Vaccination North-Western Provinces and Oudh 1896-1901 - 1896-1901
Year: 1896
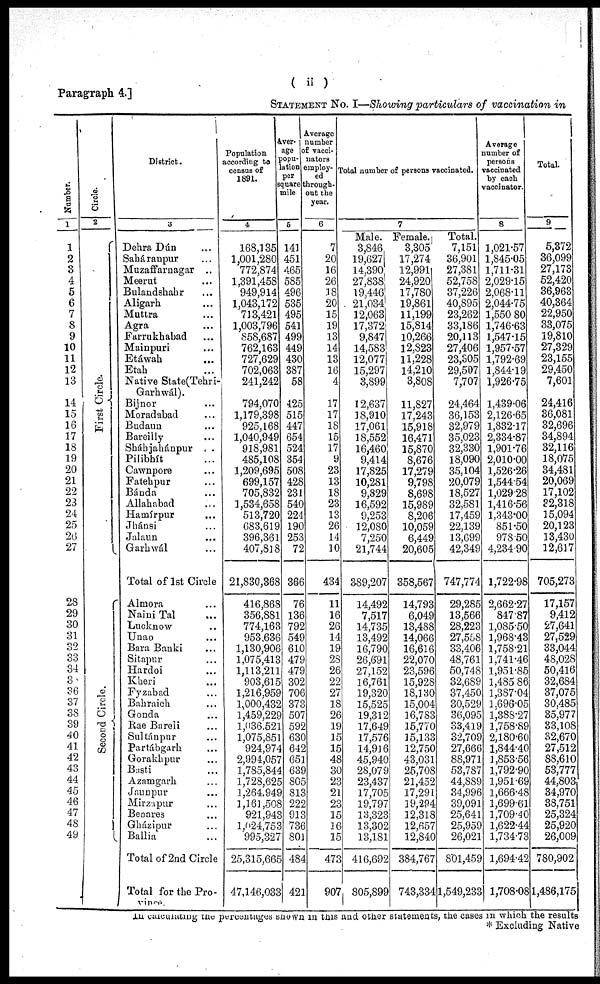
Paragraph 4.]
( ii )
STETEMENT No. I—Showing particulars of vaccination in
Number.
1
1
2
3
4
5
6
7
8
9
10
11
12
13
14
15
16
17
18
19
20
21
22
23
24
25
26
27
28
29
30
31
32
33
34
35
36
37
38
39
40
41
42
43
44
45
46
47
48
49
Circle.
2
First Circle.
Second Circle.
District.
3
Dehra Dún ...
Saháranpur ...
Muzaffarnagar ..
Meerut ...
Bulandshahr ...
Aligarh ...
Muttra ...
Agra ...
Farrukhabad ...
Mainpuri ...
Etáwah ...
Etah ...
Native State(Tehri-
Garhwál).
Bijnor ...
Moradabad ...
Budaun ...
Bareilly ...
Sháhjahánpur
...
Pilibhít ...
Cawnpore ...
Fatehpur ...
Bánda ...
Allahabad ...
Hamírpur ...
Jhánsi ...
Jalaun ...
Garhwál ...
Total of 1st Circle
Almora ...
Naini Tal ...
Lucknow ...
Unao ...
Bara Banki ...
Sitapur ...
Hardoi ...
Kheri ...
Fyzabad ...
Bahraich ...
Gonda ...
Rae Bareli ...
Sultánpur ...
Partábgarh ...
Gorakhpur ...
Basti ...
Azamgarh ...
Jaunpur ...
Mirzapur ...
Benares ...
Gházipur ...
Ballia ...
Total of 2nd Circle
Total for the Pro-
vince.
Population
according to
census of
1891.
4
168,135
1,001,280
772,874
1,391,458
949,914
1,043,172
713,421
1,003,796
858,687
762,163
727,629
702,063
241,242
794,070
1,179,398
925,168
1,040,949
918,981
485,108
1,209,695
699,157
705,832
1,534,658
513,720
683,619
396,361
407,818
21,830,368
416,868
356,881
774,163
953,636
1,130,906
1,075,413
1,113,211
903,615
1,216,959
1,000,432
1,459,229
1,036.521
1,075,851
924,974
2,994,057
1,785,844
1,728,625
1,264,949
1,161,508
921,943
1,024,753
995,327
25,315,665
47,146,033
Aver-
age
popu-
lation
per
square
mile.
5
141
451
465
585
496
535
495
541
499
449
430
387
58
425
515
447
654
524
354
508
428
231
540
224
190
253
72
366
76
136
792
549
610
479
479
302
706
373
507
592
630
642
651
639
805
813
222
913
736
80
484
421
Average
number
of vacci-
nators
employ-
ed
through-
out the
year.
6
7
20
16
26
18
20
15
19
13
14
13
16
4
17
17
18
15
17
9
23
13
18
23
13
26
14
10
434
11
16
26
14
19
28
26
22
27
18
26
19
15
15
48
30
23
21
23
15
16
15
473
907
Total number of persons vaccinated.
7
Male.
3,846
19,627
14,390
27,838
19,446
21,034
12,063
17,372
9,847
14,583
12,077
15,297
3,899
12,637
18,910
17,061
18,552
16,460
9,414
17,825
10,281
9,829
16,592
9,253
12,080
7,250
21,744
389,207
14,492
7,517
14,735
13,492
16,790
26,691
27,152
16,761
19,320
15,525
19,312
17,649
17,576
14,916
45,940
28,079
23,437
17,705
19,797
13,323
13,302
13,181
416,692
805,899
Female.
3,305
17,274
12,991
24,920
17,780
19,861
11,199
15,814
10,266
12,823
11,228
14,210
3,808
11,827
17,243
15,918
16,471
15,870
8,676
17,279
9,798
8,698
15,989
8,206
10,059
6,449
20,605
358,567
14,793
6,049
13,488
14,066
16,616
22,070
23,596
15,928
18,130
15,004
16,783
15,770
15,133
12,750
43,031
25,708
21,452
17,291
19,294
12,318
12,657
12,840
384,767
743,334
Total.
7,151
36,901
27,381
52,758
37,226
40,895
23,262
33,186
20,113
27,406
23,305
29,507
7,707
24,464
36,153
32,979
35,023
32,330
18,090
35,104
20,079
18,527
32,581
17,459
22,139
13,699
42,349
747,774
29,285
13,566
28,223
27,558
33,406
48,761
50,748
32,689
37,450
30,529
36,095
33,419
32,709
27,666
88,971
53,787
44,889
34,996
39,091
25,641
25,959
26,021
801,459
1,549,233
Average
number of
persons
vaccinated
by each
vaccinator.
8
1,021.57
1,845.05
1,711.31
2,029.15
2,068.11
2,044.75
1,550.80
1,746.63
1,547.15
1,957.57
1,792.69
1,844.19
1,926.75
1,439.06
2,126.65
1,832.17
2,334.87
1,901.76
2,010.00
1,526.26
1,544.54
1,029.28
1,416.56
1,343.00
851.50
978.50
4,234.90
1,722.98
2,662.27
847.87
1,085.50
1,968.43
1,758.21
1,741.46
l,951.85
1,485.86
1,387.04
1,696.05
1,388.27
1,758.89
2,180.60
1,844.40
1,853.56
1,792.96
1,951.69
1,666.48
1,699.61
1,709.40
1,622.44
1,734.75
1,694.42
1,708.08
Total.
9
5,372
36,099
27,173
52,420
36,963
40,364
22,950
33,075
19,810
27,329
23,155
29,450
7,601
24,416
36,081
32,696
34,894
32,116
18,075
34,481
20,069
17,102
32,318
15,094
20,123
13,430
12,617
705,273
17,157
9,412
27,641
27,529
33,044
48,028
50,416
32,684
37,075
30,485
35,977
33,108
32,670
27,512
88,610
53,777
44,803
34,970
38,751
25,324
25,920
26,009
780,902
1,486,175
In calculating the percentages shown in this and other statements, the cases in which the results
* Excluding Native